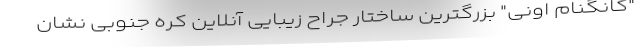
"گانگنام اونی" بزرگترین ساختار جراح زیبایی آنلاین کره جنوبی نشان